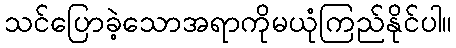
သင်ပြောခဲ့သောအရာကိုမယုံကြည်နိုင်ပါ။